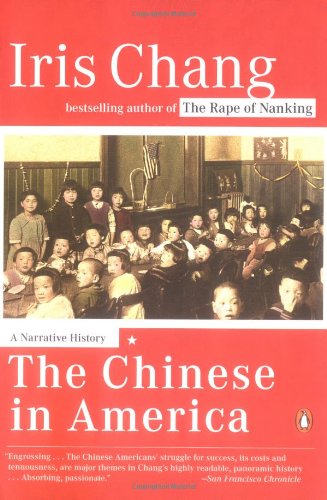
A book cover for The Chinese in America: A Narrative History; Iris Chang; History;